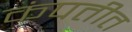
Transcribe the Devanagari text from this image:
कंपतीत